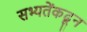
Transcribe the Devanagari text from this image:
सभ्यतेंकढून